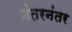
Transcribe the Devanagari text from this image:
नंतरनंतर